画像に写った文字を読んでください
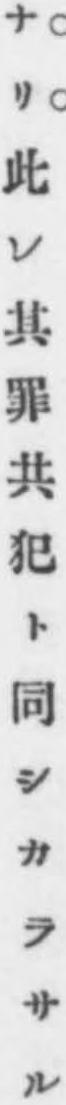
「ナリ此レ其罪共犯ト同シカラサル」と書いてあります